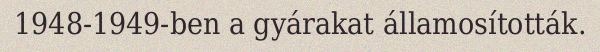
1948-1949-ben a gyárakat államosították.